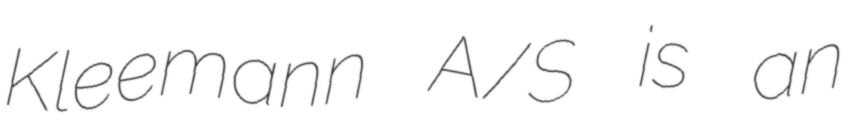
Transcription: Kleemann A/S is an